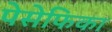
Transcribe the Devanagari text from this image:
पेसेफिका